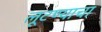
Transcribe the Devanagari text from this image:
लूटण्याचा